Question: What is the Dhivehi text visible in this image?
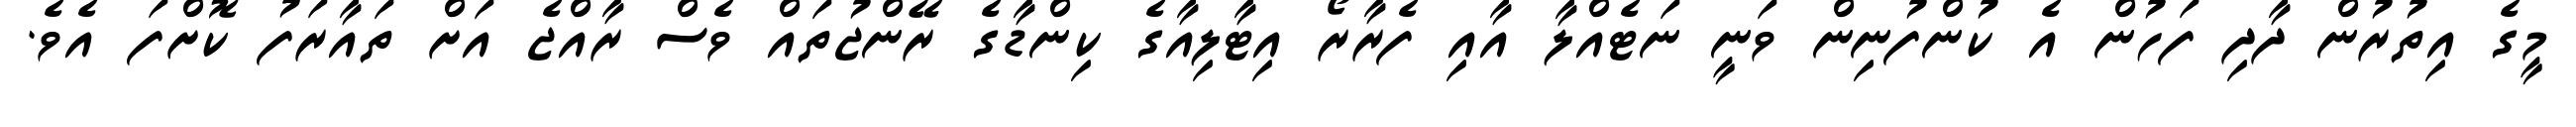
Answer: މީގެ އިތުރުން ދާދި ފަހުން އެ ކުންފުނިން ވަނީ ނަޓެއްލާ އާއި ފެރާރޯ އިޓާލިއާގެ ކިންޑާގެ ރޭންޖުތައް ވެސް ރާއްޖެ އަށް ތައާރަފު ކޮށްފަ އެވެ.